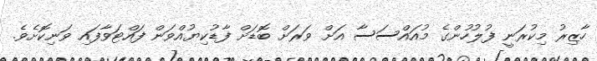
ހާޒިރު މިކުރަނީ ފުލުހުންގެ މުއައްސަސާ އަށް ވަރަށް ބޮޑަށް ފާޑުކިޔުއްވަން ފައްޓަވާފައި ވަނިކޮށެވެ.